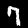
Digit: 7